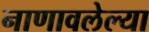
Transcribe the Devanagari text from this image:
नाणावलेल्या